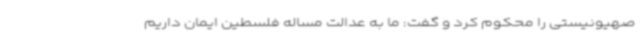
صهیونیستی را محکوم کرد و گفت: ما به عدالت مساله فلسطین ایمان داریم